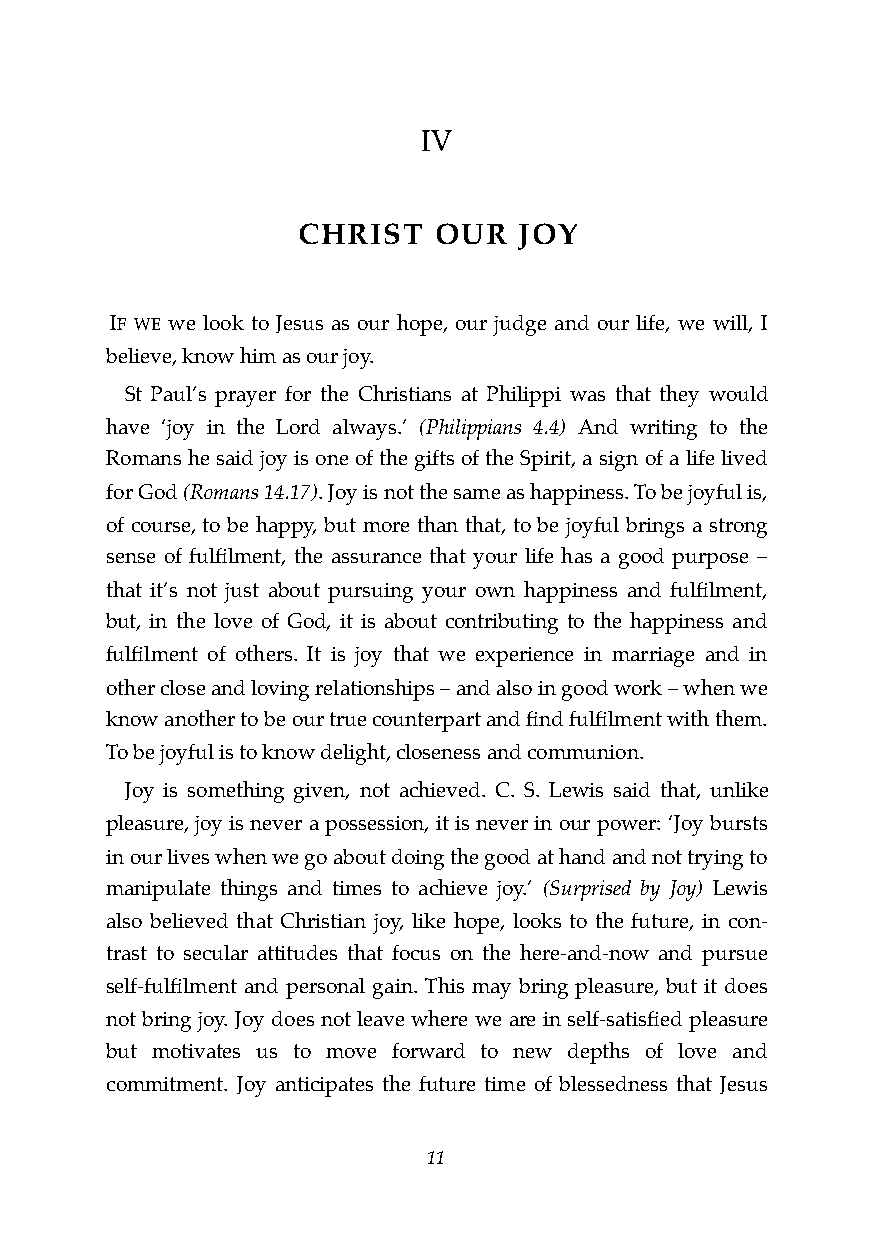
IV
 CHRIST   OUR  JOY
 IF WE we look to Jesus as our hope, our judge and our life, we will, I
 believe, know him as our joy.
 St Paul’s prayer for the Christians at Philippi was that they would
 have ‘joy in the Lord always.’ (Philippians 4.4) And writing to the
 Romans he said joy is one of the gifts of the Spirit, a sign of a life lived
 for God (Romans 14.17). Joy is not the same as happiness. To be joyful is,
 of course, to be happy, but more than that, to be joyful brings a strong
 sense of fulfilment, the assurance that your life has a good purpose –
 that it’s not just about pursuing your own happiness and fulfilment,
 but, in the love of God, it is about contributing to the happiness and
 fulfilment of others. It is joy that we experience in marriage and in
 other close and loving relationships – and also in good work – when we
 know another to be our true counterpart and find fulfilment with them.
 To be joyful is to know delight, closeness and communion.
 Joy is something given, not achieved. C. S. Lewis said that, unlike
 pleasure, joy is never a possession, it is never in our power: ‘Joy bursts
 in our lives when we go about doing the good at hand and not trying to
 manipulate things and times to achieve joy.’ (Surprised by Joy) Lewis
 also believed that Christian joy, like hope, looks to the future, in con-
 trast to secular attitudes that focus on the here-and-now and pursue
 self-fulfilment and personal gain. This may bring pleasure, but it does
 not bring joy. Joy does not leave where we are in self-satisfied pleasure
 but motivates us to move forward to new depths of love and
 commitment. Joy anticipates the future time of blessedness that Jesus
 !11